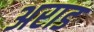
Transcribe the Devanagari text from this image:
अराड